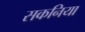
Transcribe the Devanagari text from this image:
सकनिया